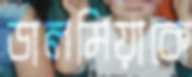
ডালমিয়াকে